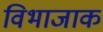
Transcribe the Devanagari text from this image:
विभाजाक